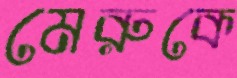
মেরুকে